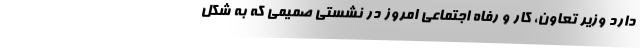
دارد وزیر تعاون، کار و رفاه اجتماعی امروز در نشستی صمیمی که به شکل